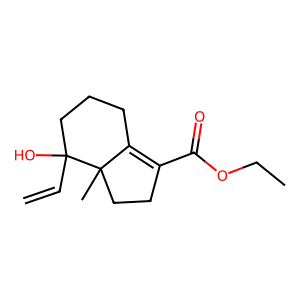
SMILES: C=CC1(O)CCCC2=C(C(=O)OCC)CCC21C
Inhibits HIV replication: No